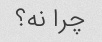
چرا نه؟